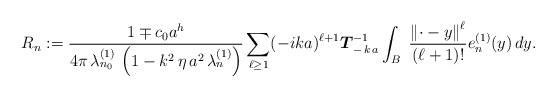
\begin{align*}R_{n} := \frac{1 \mp c_0 a^{h}}{4 \pi \,\lambda_{n_{0}}^{(1)} \, \left(1 - k^{2} \, \eta \, a^{2} \, \lambda_{n}^{(1)} \right)} \sum_{\ell \geq 1} (-ika)^{\ell+1} \boldsymbol{T}_{- \, k \, a}^{-1} \int_{B} \; \frac{\left\Vert \cdot - y \right\Vert^{\ell}}{(\ell+1)!} e_{n}^{(1)}(y) \, dy. \end{align*}